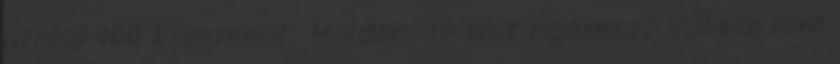
utolsó 100 komment: Holden: te mit nyomsz? Válasz erre